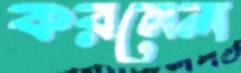
করনেল